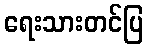
ရေးသားတင်ပြ